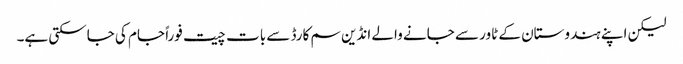
لیکن اپنے ہندوستان کے ٹاور سے جانے والے انڈین سم کارڈ سے بات چیت فوراً جام کی جاسکتی ہے۔